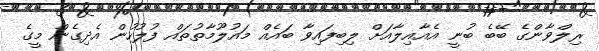
ރިލްވާންގެ ބޭބެ ބުނީ އެއާއިލާއަށް ލިބިފައިވާ ބައެއް މައުލޫމާތުތައް ފުލުހުން އެދިގެން މީގެ